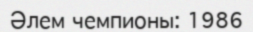
Әлем чемпионы: 1986